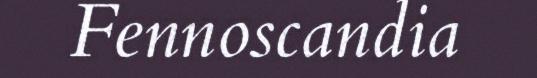
Fennoscandia